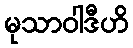
မုသာဝါဒီဟိ